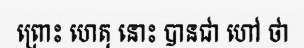
ព្រោះ ហេតុ នោះ បានជា ហៅ ថា